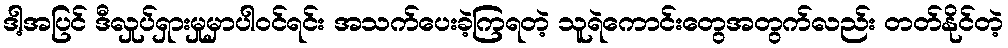
ဒါ့အပြင် ဒီလှုပ်ရှားမှုမှာပါဝင်ရင်း အသက်ပေးခဲ့ကြရတဲ့ သူရဲကောင်းတွေအတွက်လည်း တတ်နိုင်တဲ့